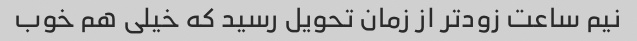
نیم ساعت زودتر از زمان تحویل رسید که خیلی هم خوب